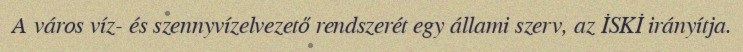
A város víz- és szennyvízelvezető rendszerét egy állami szerv, az İSKİ irányítja.